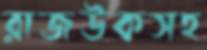
রাজউকসহ